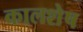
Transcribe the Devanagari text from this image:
कालशेष